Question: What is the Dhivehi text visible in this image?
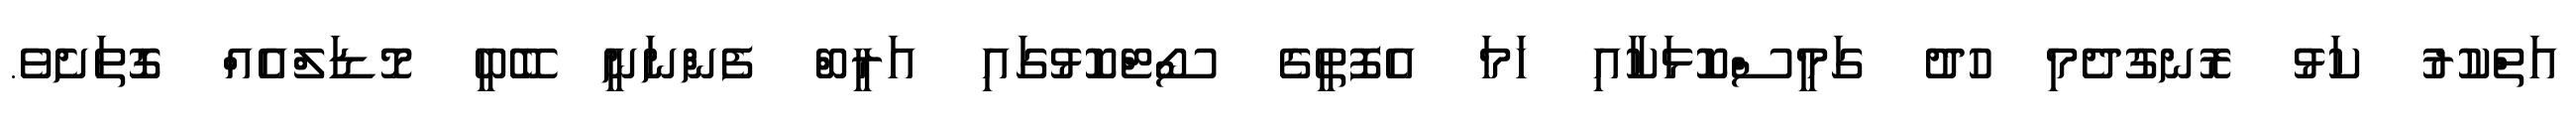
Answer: އަތްކުރު ކަޅު ރޮނގުދެމި ހުދު ގަމީސްކޮޅަކާއި ހަމަ އެފޮތީގެ ސޯޓްކޮޅުގައި އަރީބް ފެންނަނީ ބޭބީ މޮޑަލްއެއް ގޮތަށެވެ.